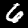
Digit: 6